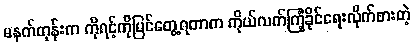
မနက်တုန်းက ကိုရင့်ကိုမြင်တွေ့ရတာက ကိုယ်လက်ကြံ့ခိုင်ရေးလိုက်စားတဲ့